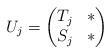
LaTeX: \begin{align*} U_j = \begin{pmatrix} T_j & * \\ S_j & * \end{pmatrix}\end{align*}